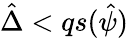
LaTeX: \hat{\Delta}<qs(\hat{\psi})